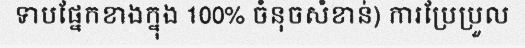
ទាបផ្នែកខាងក្នុង 100% ចំនុចសំខាន់) ការប្រែប្រួល